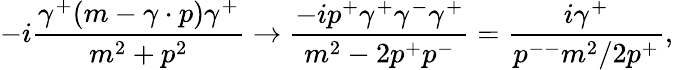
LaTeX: -i{\frac{\gamma^{+}(m-\gamma\cdot p)\gamma^{+}}{m^{2}+p^{2}}}\to{\frac{-ip^{+}\gamma^{+}\gamma^{-}\gamma^{+}}{m^{2}-2p^{+}p^{-}}}={\frac{i\gamma^{+}}{p^{--}m^{2}/2p^{+}}},